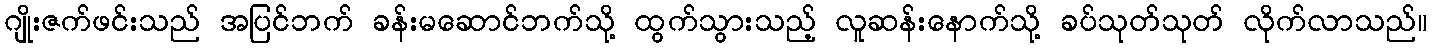
ဂျိုးဇက်ဖင်းသည် အပြင်ဘက် ခန်းမဆောင်ဘက်သို့ ထွက်သွားသည့် လူဆန်းနောက်သို့ ခပ်သုတ်သုတ် လိုက်လာသည်။